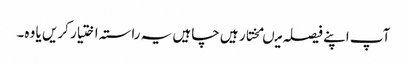
آپ اپنے فیصلہ میںمختار ہیں چاہیں یہ راستہ اختیار کریں یا وہ۔